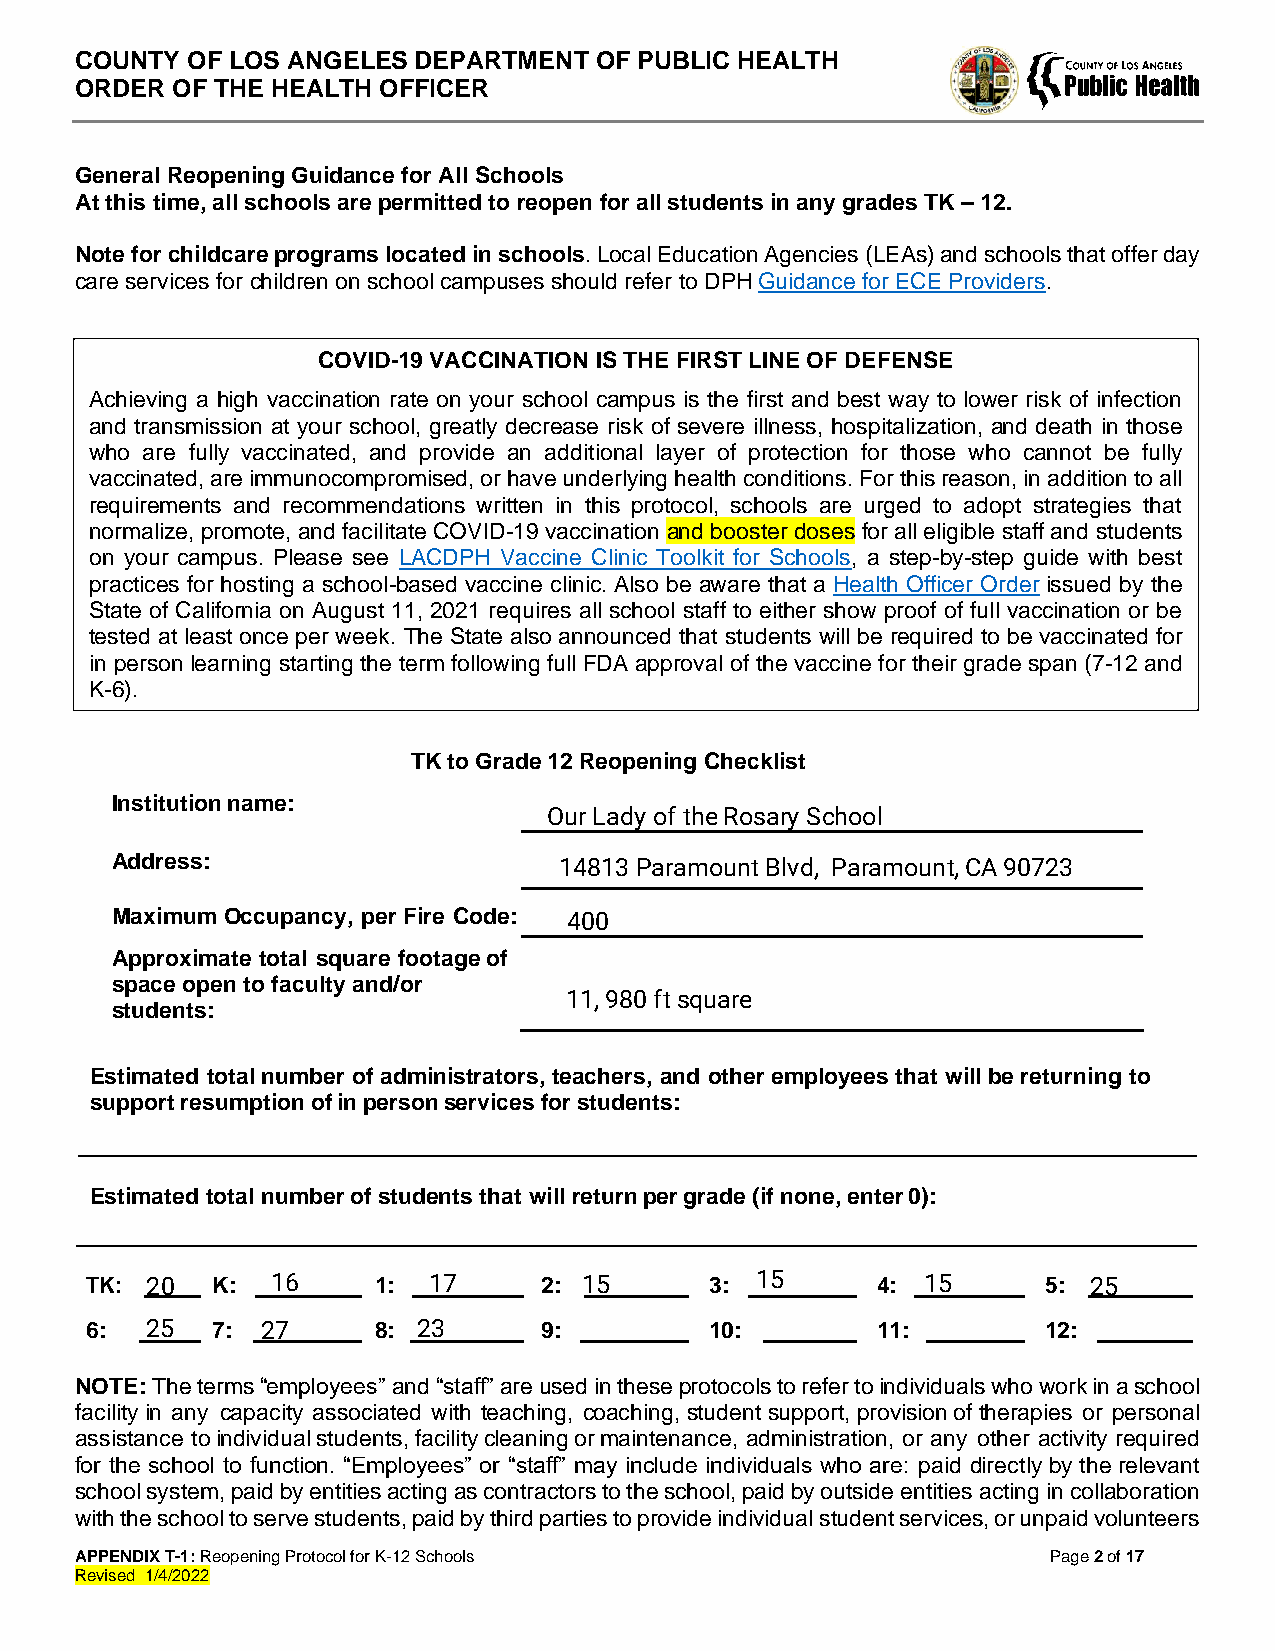
COUNTY OF LOS ANGELES DEPARTMENT  OF PUBLIC HEALTH
 ORDER OF THE HEALTH OFFICER
 General Reopening Guidance for All Schools
 At this time, all schools are permitted to reopen for all students in any grades TK – 12.
 Note for childcare programs located in schools. Local Education Agencies (LEAs) and schools that offer day
 care services for children on school campuses should refer to DPH Guidance for ECE Providers.
 COVID-19 VACCINATION IS THE FIRST LINE OF DEFENSE
 Achieving a high vaccination rate on your school campus is the first and best way to lower risk of infection
 and transmission at your school, greatly decrease risk of severe illness, hospitalization, and death in those
 who are fully vaccinated, and provide an additional layer of protection for those who cannot be fully
 vaccinated, are immunocompromised, or have underlying health conditions. For this reason, in addition to all
 requirements and recommendations written in this protocol, schools are urged to adopt strategies that
 normalize, promote, and facilitate COVID-19 vaccination and booster doses for all eligible staff and students
 on your campus. Please see LACDPH Vaccine Clinic Toolkit for Schools, a step-by-step guide with best
 practices for hosting a school-based vaccine clinic. Also be aware that a Health Officer Order issued by the
 State of California on August 11, 2021 requires all school staff to either show proof of full vaccination or be
 tested at least once per week. The State also announced that students will be required to be vaccinated for
 in person learning starting the term following full FDA approval of the vaccine for their grade span (7-12 and
 K-6).
 TK to Grade 12 Reopening Checklist
 Institution name:
 Address:
 Maximum Occupancy, per Fire Code:
 Approximate total square footage of
 space open to faculty and/or
 students:
 Estimated total number of administrators, teachers, and other employees that will be returning to
 support resumption of in person services for students:
 Estimated total number of students that will return per grade (if none, enter 0):
 TK:     K:         1:         2:         3:         4:         5:
 6:      7:         8:         9:         10:        11:        12:
 NOTE: The terms “employees” and “staff” are used in these protocols to refer to individuals who work in a school
 facility in any capacity associated with teaching, coaching, student support, provision of therapies or personal
 assistance to individual students, facility cleaning or maintenance, administration, or any other activity required
 for the school to function. “Employees” or “staff” may include individuals who are: paid directly by the relevant
 school system, paid by entities acting as contractors to the school, paid by outside entities acting in collaboration
 with the school to serve students, paid by third parties to provide individual student services, or unpaid volunteers
 APPENDIX T-1: Reopening Protocol for K-12 Schools                Page 2 of 17
 Revised 1/4/2022